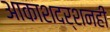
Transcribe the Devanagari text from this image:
आकाशदर्शनही